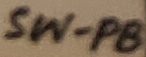
Text: SW-PB